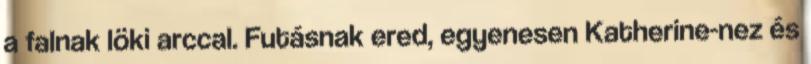
a falnak löki arccal. Futásnak ered, egyenesen Katherine-nez és